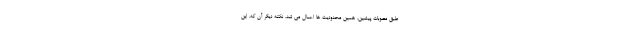
طبق مصوبات پیشین، همین محدودیت ها اعمال می شد. نکته دیگر آن که، این